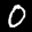
Label: 0